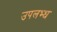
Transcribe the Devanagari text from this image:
उपलभ्ध